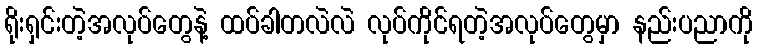
ရိုးရှင်းတဲ့အလုပ်တွေနဲ့ ထပ်ခါတလဲလဲ လုပ်ကိုင်ရတဲ့အလုပ်တွေမှာ နည်းပညာကို